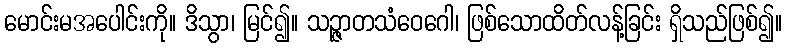
မောင်းမအပေါင်းကို။ ဒိသွာ၊ မြင်၍။ သဉ္ဇာတသံဝေဂေါ၊ ဖြစ်သောထိတ်လန့်ခြင်း ရှိသည်ဖြစ်၍။